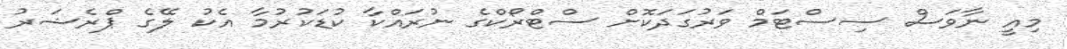
މިއީ ނާވަސް ސިސްޓަމް ވަރުގަދަކޮށް ސްޓްރޯކްގެ ނުރައްކާ ކުޑަކުރުމާ އެކު ލޭގެ ޕްރެޝަރު